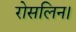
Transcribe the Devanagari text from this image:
रोसलिन।